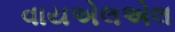
વાયએલએલ